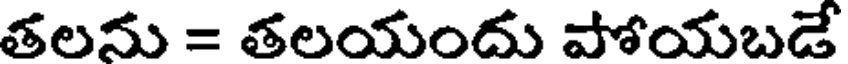
తలను = తలయందు పోయబడే